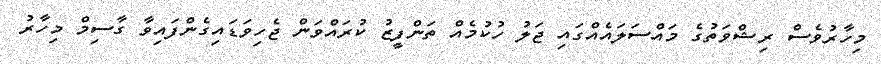
މިހާރުވެސް ރިޝްވަތުގެ މައްސަލައެއްގައި ޖަލު ހުކުމެއް ތަންފީޒު ކުރައްވަން ޖެހިވަޑައިގެންފައިވާ ގާސިމް މިހާރު